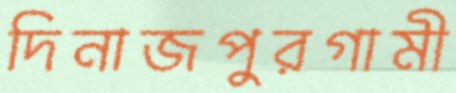
দিনাজপুরগামী